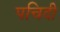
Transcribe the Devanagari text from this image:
पचिदी